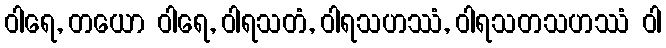
ဝါရေ, တယော ဝါရေ, ဝါရသတံ, ဝါရသဟဿံ, ဝါရသတသဟဿံ ဝါ